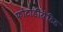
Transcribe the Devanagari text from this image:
फोटोडीग्रेडिड